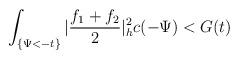
LaTeX: \begin{align*}\int_{\{\Psi<-t\}}|\frac{f_1+f_2}{2}|^2_hc(-\Psi)< G(t)\end{align*}